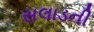
સલાડની